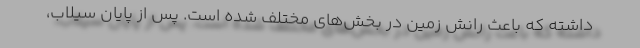
داشته که باعث رانش زمین در بخش‌های مختلف شده است. پس از پایان سیلاب،